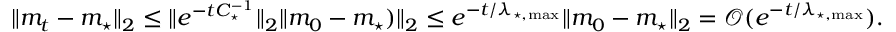
\begin{array} { r } { \| m _ { t } - m _ { \star } \| _ { 2 } \leq \| e ^ { - t C _ { \star } ^ { - 1 } } \| _ { 2 } \| m _ { 0 } - m _ { \star } ) \| _ { 2 } \leq e ^ { - t / \lambda _ { \star , \operatorname* { m a x } } } \| m _ { 0 } - m _ { \star } \| _ { 2 } = \mathcal { O } ( e ^ { - t / \lambda _ { \star , \operatorname* { m a x } } } ) . } \end{array}